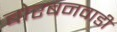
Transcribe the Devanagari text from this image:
बोरबनवाडी